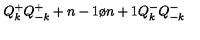
Q _ { k } ^ { + } Q _ { - k } ^ { + } + { { n - 1 } \o { n + 1 } } Q _ { k } ^ { - } Q _ { - k } ^ { - }